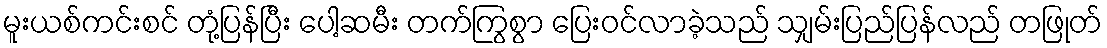
မူးယစ်ကင်းစင် တုံ့ပြန်ပြီး ပေါ့ဆမီး တက်ကြွစွာ ပြေးဝင်လာခဲ့သည် သျှမ်းပြည်ပြန်လည် တဖြုတ်